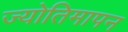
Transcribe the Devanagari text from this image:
ज्योतिमापन